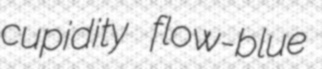
cupidity flow-blue